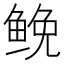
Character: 𩾃